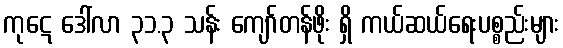
ကုဋေ ဒေါ်လာ ၃၁.၃ သန်း ကျော်တန်ဖိုး ရှိ ကယ်ဆယ်ရေးပစ္စည်းများ